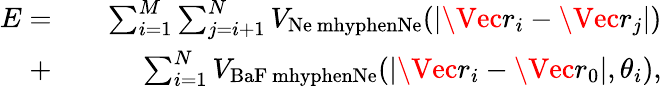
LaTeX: \begin{array}{rlr}{E=}&{}&{\sum_{i=1}^{M}\sum_{j=i+1}^{N}V_{\mathrm{Ne\ mhyphenNe}}(|\Vec{r}_{i}-\Vec{r}_{j}|)}\\ {+}&{}&{\sum_{i=1}^{N}V_{\mathrm{BaF\ mhyphenNe}}(|\Vec{r}_{i}-\Vec{r}_{0}|,\theta_{i}),}\end{array}